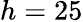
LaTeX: h=25